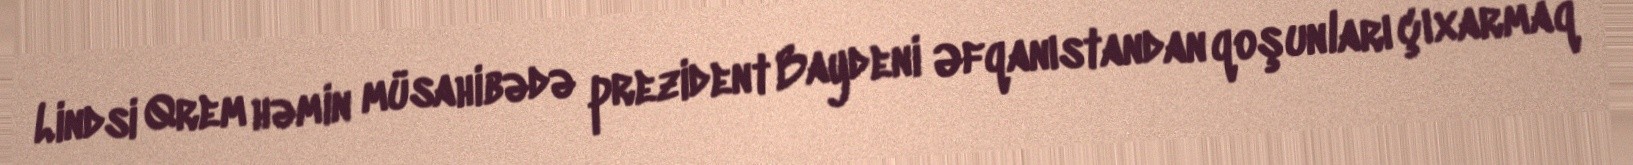
Lindsi Qrem həmin müsahibədə prezident Baydeni Əfqanıstandan qoşunları çıxarmaq